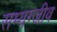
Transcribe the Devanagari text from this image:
सम्यग्जीव